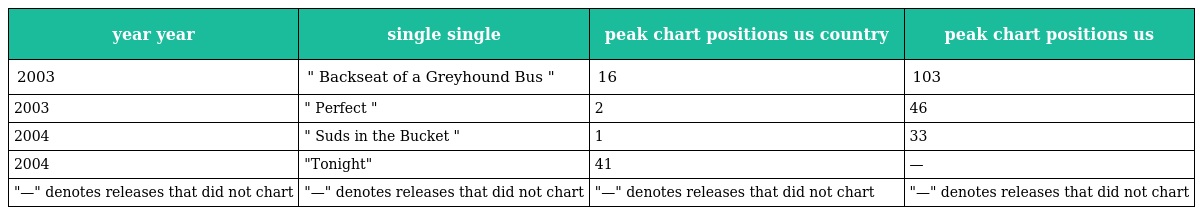
| year year | single single | peak chart positions us country | peak chart positions us |
 | --- | --- | --- | --- |
 | 2003 | " Backseat of a Greyhound Bus " | 16 | 103 |
 | 2003 | " Perfect " | 2 | 46 |
 | 2004 | " Suds in the Bucket " | 1 | 33 |
 | 2004 | "Tonight" | 41 | — |
 | "—" denotes releases that did not chart | "—" denotes releases that did not chart | "—" denotes releases that did not chart | "—" denotes releases that did not chart |